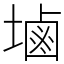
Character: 塷